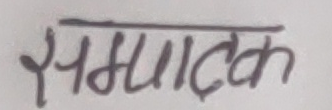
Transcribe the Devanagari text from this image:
सम्राट